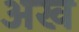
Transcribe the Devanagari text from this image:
अख